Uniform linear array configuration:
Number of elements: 64
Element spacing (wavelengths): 0.75
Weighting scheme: exponential
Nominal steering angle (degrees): -30
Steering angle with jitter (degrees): -31.918
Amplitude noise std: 0.05
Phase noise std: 0.05

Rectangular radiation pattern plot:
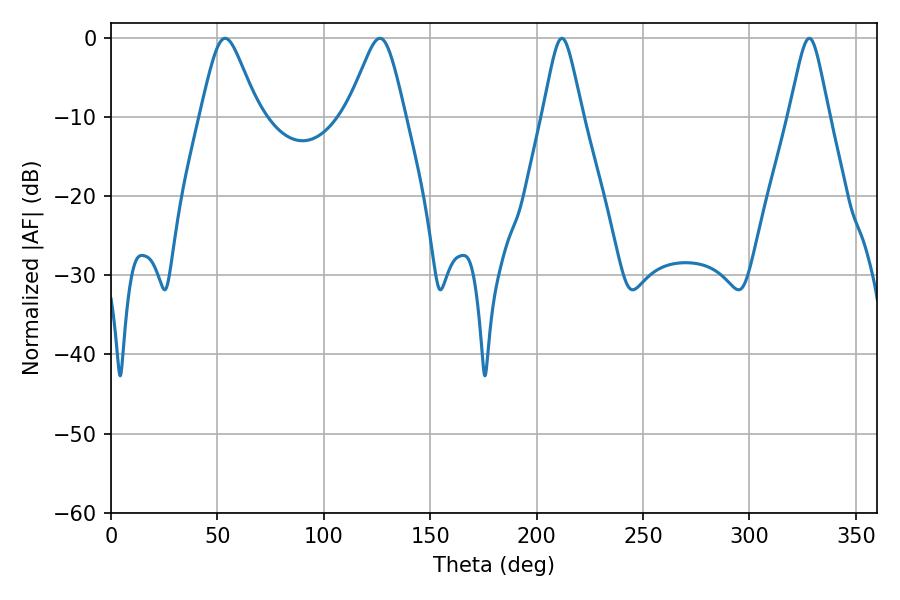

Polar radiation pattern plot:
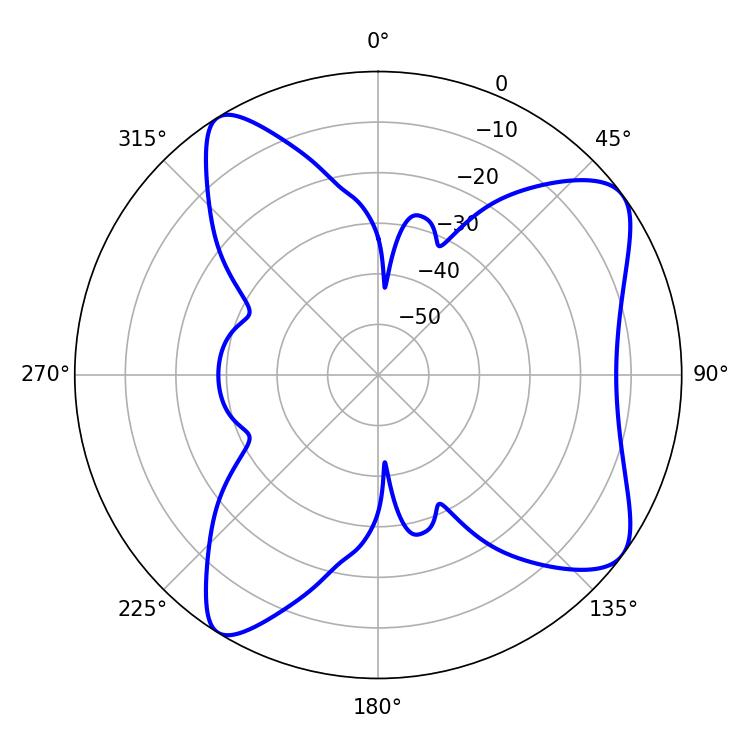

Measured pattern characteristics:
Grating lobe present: TRUE
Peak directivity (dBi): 8.599
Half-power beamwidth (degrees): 13.14
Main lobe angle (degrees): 53.64